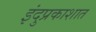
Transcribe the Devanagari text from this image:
इंदुप्रकाशात